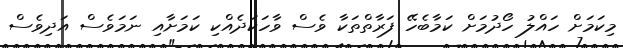
މިކަމަށް ހައްލު ހޯދުމަށް ކަމާބެހޭ ފަރާތްތަކާ ވެސް ވާހަކަދެއްކި ކަމަށާއި ނަމަވެސް އަދިވެސް